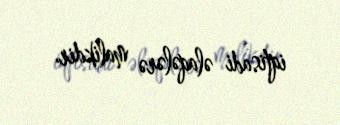
iqtisadi əlaqələrə malikdir.